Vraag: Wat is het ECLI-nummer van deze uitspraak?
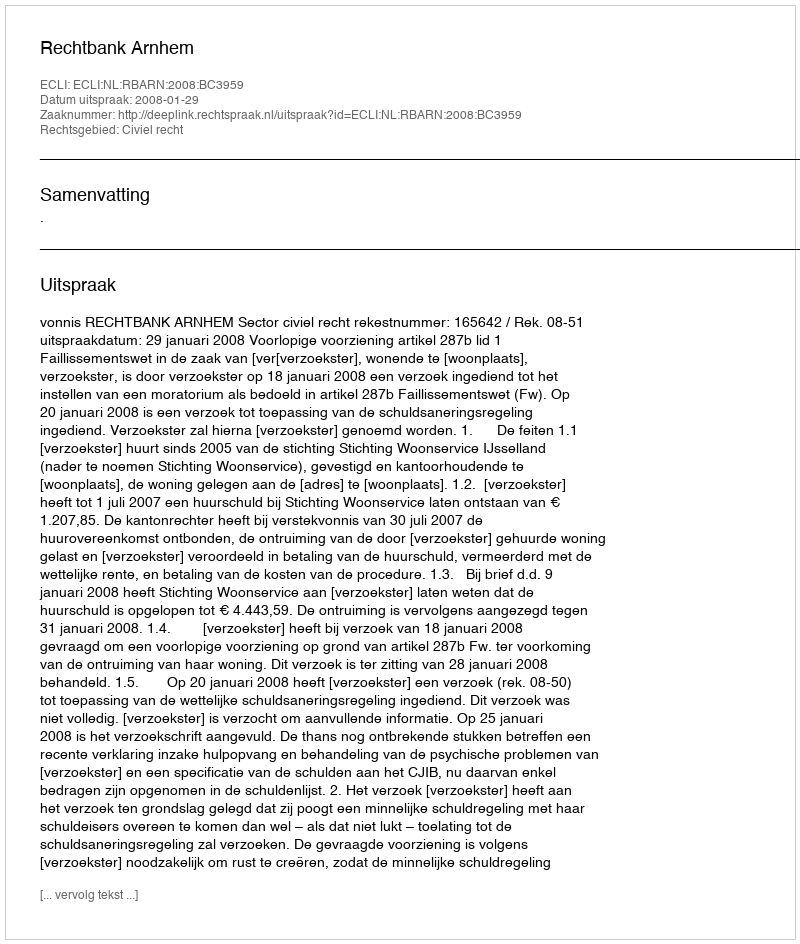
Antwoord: ECLI:NL:RBARN:2008:BC3959